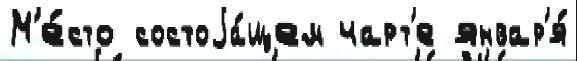
М'е́сто состоjа́щем чарт'е январ'я́